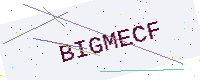
Text: BIGMECF